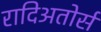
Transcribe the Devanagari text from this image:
रादिअतोर्स